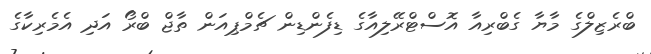
ބްރެޒިލްގެ މާޔާ ގެބްރިއާ އޮސްޓްރޭލިއާގެ ޑިފެންޑިން ޗެމްޕިއަން ތާޖް ބްރޯ އަދި އެމެރިކާގެ